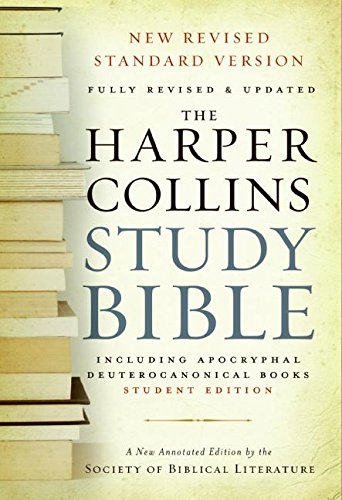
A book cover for HarperCollins Study Bible - Student Edition: Fully Revised & Updated; Society of Biblical Literature; Christian Books & Bibles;